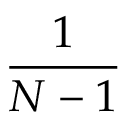
\frac { 1 } { N - 1 }